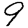
Digit: 9